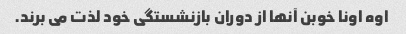
اوه اونا خوبن آنها از دوران بازنشستگی خود لذت می برند.